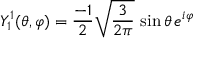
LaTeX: Y _ { 1 } ^ { 1 } ( \theta , \varphi ) = { \frac { - 1 } { 2 } } { \sqrt { \frac { 3 } { 2 \pi } } } \, \sin \theta \, e ^ { i \varphi }